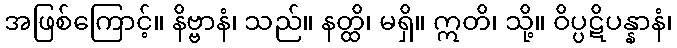
အဖြစ်ကြောင့်။ နိဗ္ဗာနံ၊ သည်။ နတ္ထိ၊ မရှိ။ ဣတိ၊ သို့။ ဝိပ္ပဋိပန္နာနံ၊